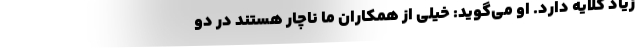
زیاد گلایه دارد. او می‌گوید: خیلی از همکاران ما ناچار هستند در دو